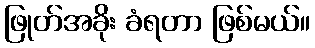
ဖြုတ်အခိုး ခံရတာ ဖြစ်မယ်။